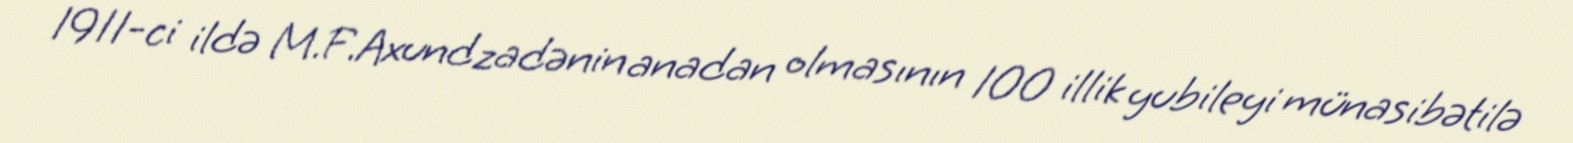
1911-ci ildə M.F.Axundzadənin anadan olmasının 100 illik yubileyi münasibətilə